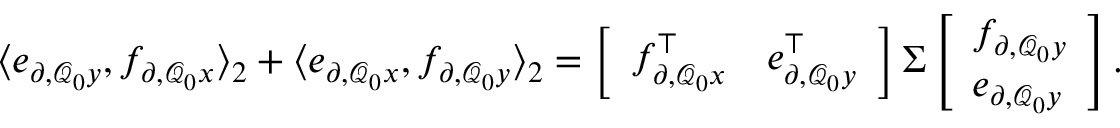
\begin{array} { r } { \langle e _ { \partial , \mathcal { Q } _ { 0 } y } , f _ { \partial , \mathcal { Q } _ { 0 } x } \rangle _ { 2 } + \langle e _ { \partial , \mathcal { Q } _ { 0 } x } , f _ { \partial , \mathcal { Q } _ { 0 } y } \rangle _ { 2 } = \left[ \begin{array} { l l } { f _ { \partial , \mathcal { Q } _ { 0 } x } ^ { \top } } & { e _ { \partial , \mathcal { Q } _ { 0 } y } ^ { \top } } \end{array} \right] \Sigma \left[ \begin{array} { l } { f _ { \partial , \mathcal { Q } _ { 0 } y } } \\ { e _ { \partial , \mathcal { Q } _ { 0 } y } } \end{array} \right] . } \end{array}